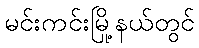
မင်းကင်းမြို့နယ်တွင်